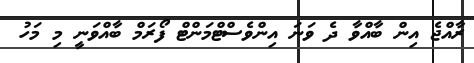
ރާއްޖެ އިން ބާއްވާ ދެ ވަނަ އިންވެސްޓްމަންްޓް ފޯރަމް ބާއްވަނީ މި މަހު